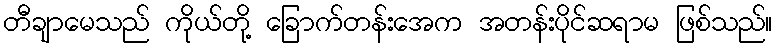
တီချာမေသည် ကိုယ်တို့ ခြောက်တန်းအေက အတန်းပိုင်ဆရာမ ဖြစ်သည်။